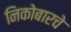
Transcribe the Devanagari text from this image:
निकोबारचे